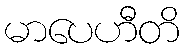
မာပေဟီတိ